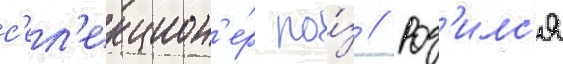
с'ел'екцион'е́р ро́з // Род'илс'я